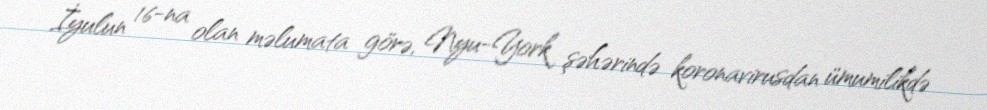
İyulun 16-na olan məlumata görə, Nyu-York şəhərində koronavirusdan ümumilikdə